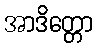
အာဒိတ္တော